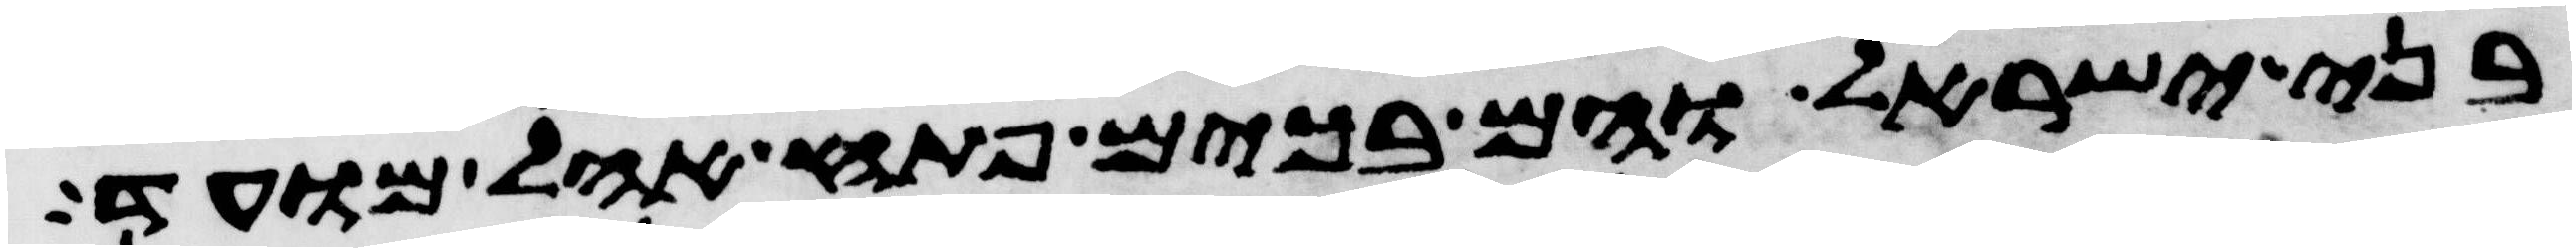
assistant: בני ישראל והם בכים פתח אהל מועד